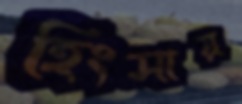
হিংসায়